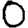
Digit: 0